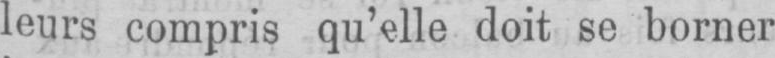
leurs compris qu’elle doit se borner